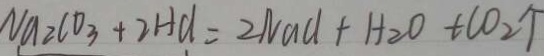
N a 2 C O _ { 3 } + 2 H C l = 2 N a C l + H _ { 2 } O + C O _ { 2 } \uparrow